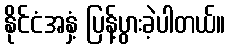
နိုင်ငံအနှံ့ ပြန့်ပွားခဲ့ပါတယ်။